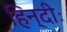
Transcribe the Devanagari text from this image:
हिन्दीः